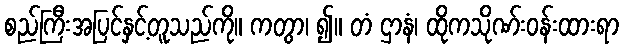
စည်ကြီးအပြင်နှင့်တူသည်ကို။ ကတွာ၊ ၍။ တံ ဌာနံ၊ ထိုကသိုဏ်းဝန်းထားရာ